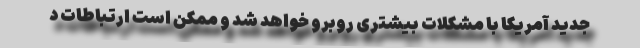
جدید آمریکا با مشکلات بیشتری روبرو خواهد شد و ممکن است ارتباطات د